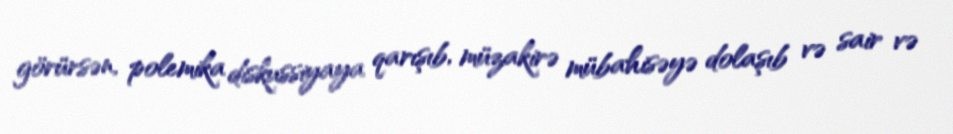
görürsən, polemika diskussiyaya qarışıb, müzakirə mübahisəyə dolaşıb və sair və